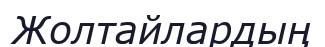
Жолтайлардың